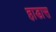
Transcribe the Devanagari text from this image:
हाडास